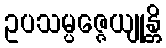
ဥပသမ္ပဇ္ဇေယျုန္တိ